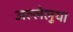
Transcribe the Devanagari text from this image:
अल्लेलुया